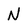
Character: N